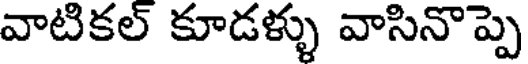
వాటికల్ కూడళ్ళు వాసినొప్పె